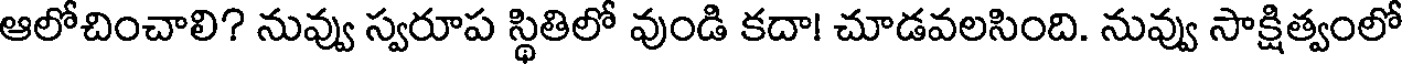
ఆలోచించాలి? నువ్వు స్వరూప స్థితిలో వుండి కదా! చూడవలసింది. నువ్వు సాక్షిత్వంలో